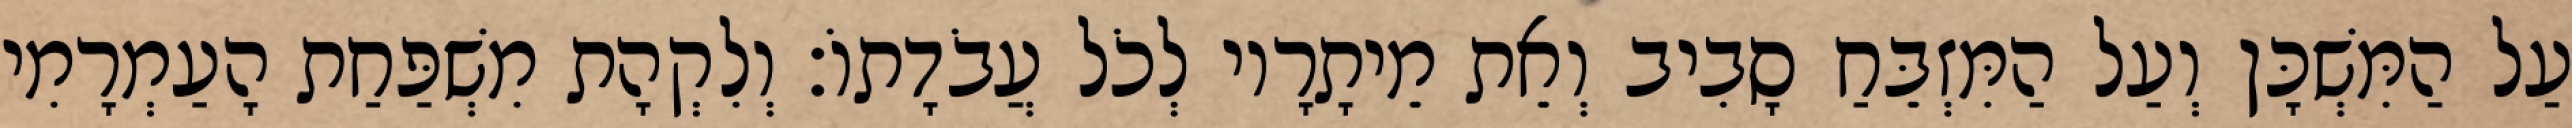
עַל הַמִּשְׁכָּן וְעַל הַמִּזְבֵּחַ סָבִיב וְאֵת מֵיתָרָיו לְכֹל עֲבֹדָתוֹ׃ וְלִקְהָת מִשְׁפַּחַת הָעַמְרָמִי